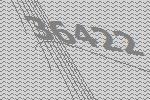
36422